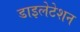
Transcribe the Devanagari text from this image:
डाइलेटेशन